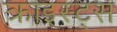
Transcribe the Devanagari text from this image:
क्राइस्ट्स